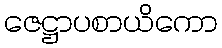
ဇေဋ္ဌာပစာယိကော